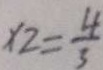
\times 2 = \frac { 4 } { 3 }